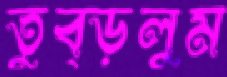
তুব্‌ড়লুম